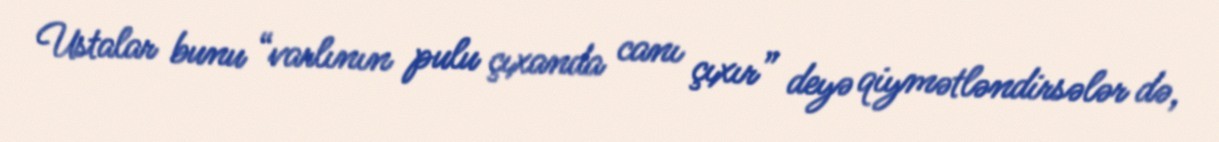
Ustalar bunu “varlının pulu çıxanda canı çıxır” deyə qiymətləndirsələr də,